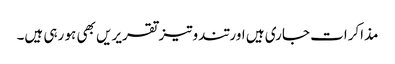
مذاکرات جاری ہیں اور تندوتیز تقریریں بھی ہو رہی ہیں۔